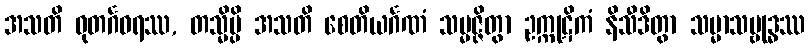
အသတိ ဓုတင်္ဂဓရဿ, တသ္မိမ္ပိ အသတိ စေတိယင်္ဂဏံ သမ္မဇ္ဇိတွာ ဥက္ကုဋိကံ နိသီဒိတွာ သမ္မာသမ္ဗုဒ္ဓဿ